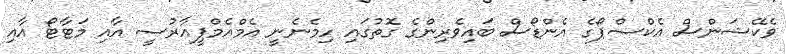
ވެކޭޝަންސް އެކްސްޕޯގެ އެންޑޯސް ބައިވެރިންގެ ގޮތުގައި ހިމެނެނީ އެމްއެމްޕީއާރުސީ އާއި މަޓާޓޯ އާއި